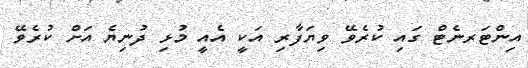
އިންޓަރނެޓް ގައި ކުރެވޭ ވިޔަފާރި އަކީ އެއީ މުޅި ދުނިޔެ އަށް ކުރެވޭ